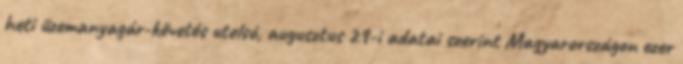
heti üzemanyagár-követés utolsó, augusztus 29-i adatai szerint Magyarországon ezer